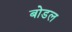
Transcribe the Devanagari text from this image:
बोडल